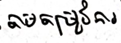
តាមតម្រូវការ